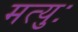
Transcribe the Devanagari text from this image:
मत्युः